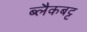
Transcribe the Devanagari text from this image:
ब्लैकबट्ट